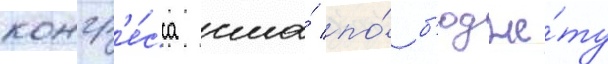
конгр'е́сса сша́ по́ б'юдже́ту